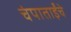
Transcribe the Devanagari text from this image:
चंपाताईंचे